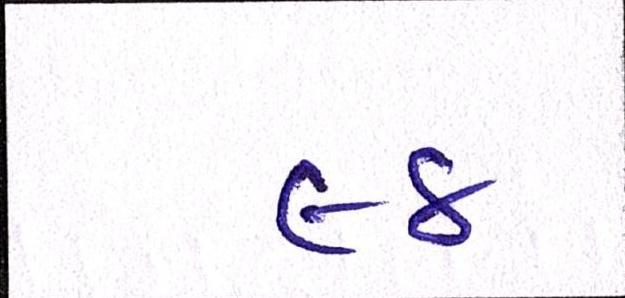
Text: ૯૪